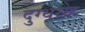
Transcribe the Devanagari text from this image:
दुग्धस्नेह